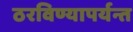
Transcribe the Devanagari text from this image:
ठरविण्यापर्यन्त